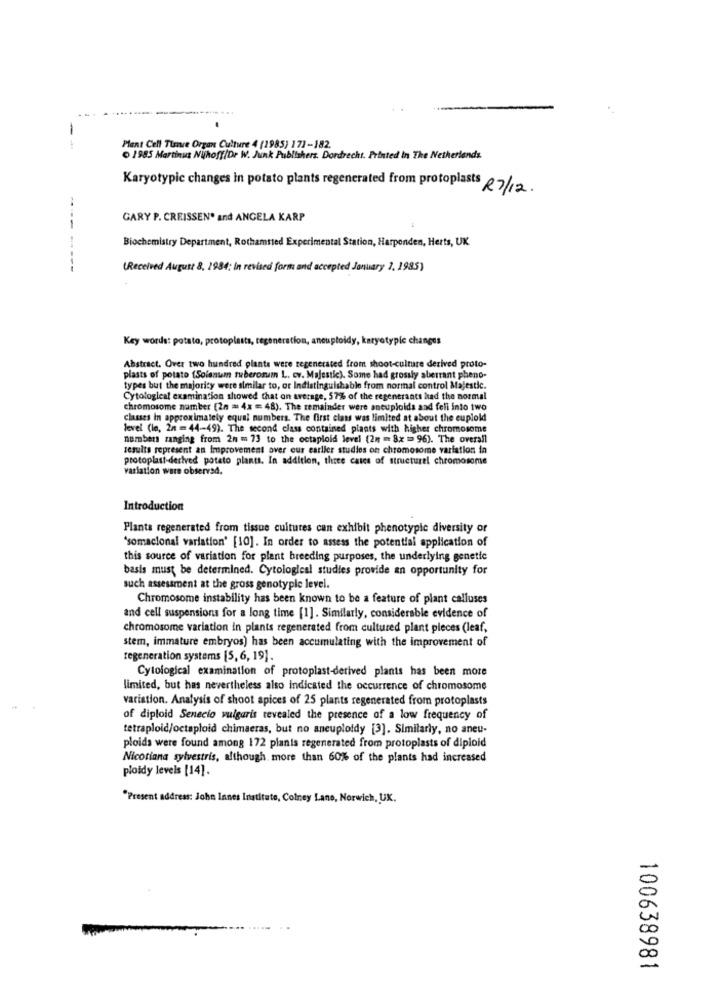
-
Plant Cell Timre Organ Culture 4 (1985) 173-182.
1985 Martinus Nijhoff/Dr W. Junk Publishers. Dordrecht. Printed in The Netherlands.
Karyotypic changes in potato plants regenerated from protoplasts 07/12.
GARY P. CREISSEN* and ANGELA KARP
Biochemistry Department, Rothamsted Experimental Station, Harpenden, Herts, UK
-------
(Received August 8, 2984; In revised form and accepted January 1, 1985)
Key words: potato, protoplasts, regeneration, aneuploidy, karyotypic changes
Abstract. Over two hundred plante were regenerated from shoot-culture derived proto-
plasts of potato (Solanum tuberosum L. cv. Majestic). Some had grossly aberrant pheno-
types but the majority were similar to, or Indistinguishable from normal control Majestic.
Cytological examination showed that on average, 57% of the regenerants had the normal
chromosome namber (2n = 4x = 48). The remainder were aneuploida and fell into two
classes In approximately equal numbers. The first class was limited at about the euplold
level (le, 2n == 44-49). The second class contained plants with higher chromosome
numbers ranging from 2n = 73 to the octaploid level (2m = 8x = 96). The overall
results represent an Improvement over our earlier studies on chromosome variation in
protoplast-derived potato plants. In addition, three cases of structurel chromosome
varlation were observed.
Introduction
Plants regenerated from tissue cultures can exhibit phenotypic diversity or
'somacional variation' [10]. In order to assess the potential application of
this source of variation for plant breeding purposes, the underlying genetic
basis must be determined. Cytological studies provide an opportunity for
such assessment at the gross genotyple level.
Chromosome instability has been known to be a feature of plant calluses
and cell suspensions for a long time [1]. Similarly, considerable evidence of
chromosome variation in plants regenerated from cultured plant pieces (leaf,
stem, immature embryos) has been accumulating with the improvement of
regeneration systems [5, 6, 19].
Cytological examination of protoplast-derived plants has been more
limited, but has nevertheless also indicated the occurrence of chromosome
variation. Analysis of shoot spices of 25 plants regenerated from protoplasts
of diploid Senecio vulgaris revealed the presence of a low frequency of
tetraploid/octaploid chimaeras, but no aneuploidy [3]. Similarly, no aneu-
ploids were found among 172 planis regenerated from protoplasts of diploid
Nicotiana sylvestris, although more than 60% of the plants had increased
ploidy levels [14].
"Present address: John Innes Institute, Colney Lane, Norwich, UK.
-
0
20
100638981